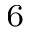
^ 6